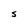
Character: S